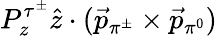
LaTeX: P_{z}^{\tau^{\pm}}\hat{z}\cdot(\vec{p}_{\pi^{\pm}}\times\vec{p}_{\pi^{0}})